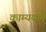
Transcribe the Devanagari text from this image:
काम्यकर्मे